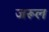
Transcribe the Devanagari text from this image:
जरूल